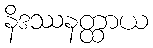
နိဒဿနတ္ထာယ